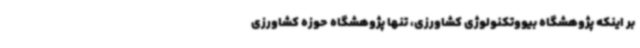
بر اینکه پژوهشگاه بیووتکنولوژی کشاورزی، تنها پژوهشگاه حوزه کشاورزی